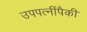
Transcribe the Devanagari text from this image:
उपपत्नींपैकी